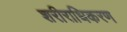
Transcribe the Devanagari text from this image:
शरीराधिकरण